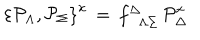
\left\{ { \cal P } _ { \Lambda } , { \cal P } _ { \Sigma } \right\} ^ { x } \, = \, f _ { \phantom { \Delta } \Lambda \Sigma } ^ { \Delta } \, { \cal P } _ { \Delta } ^ { x }